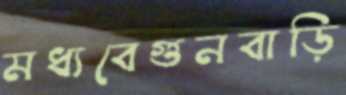
মধ্যবেগুনবাড়ি